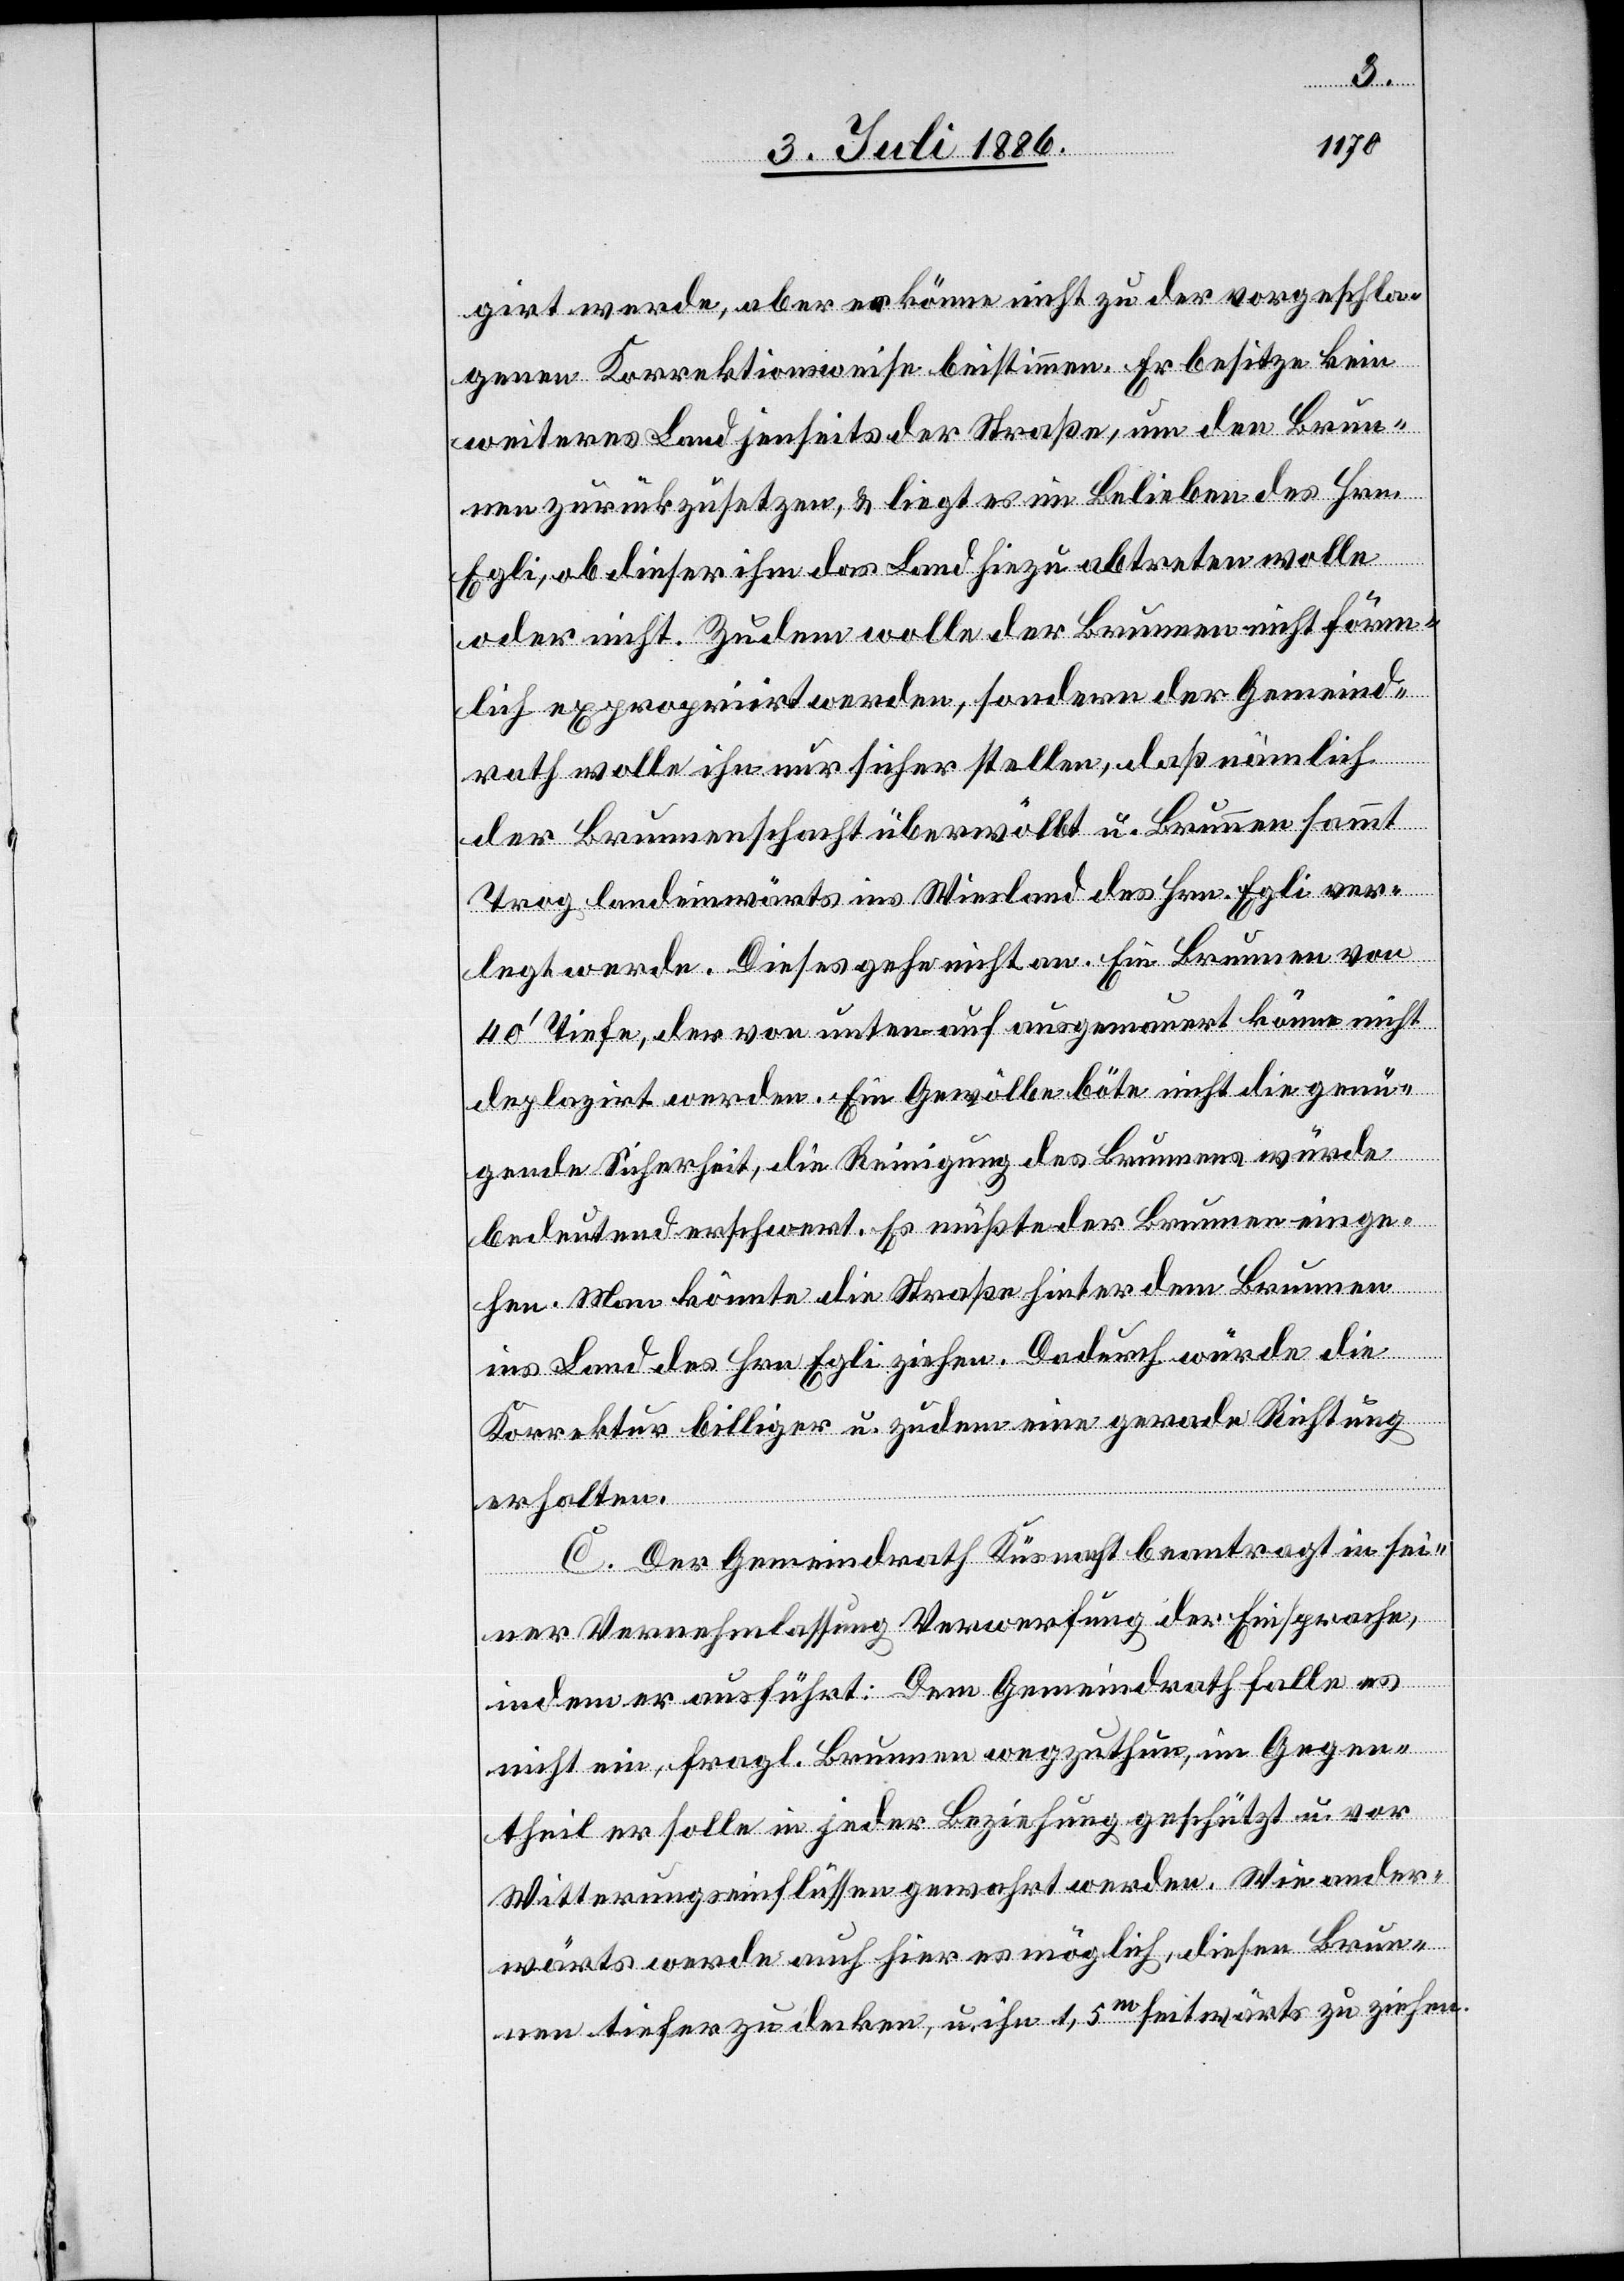
girt werde, aber er könne nicht zu der vorgeschla¬
genen Korrektionsweise beistimmen. Er besitze kein
weiteres Land jenseits der Straße, um den Brun¬
nen zurückzusetzen, & liegt es im Belieben des Hrn.
Egli, ob dieser ihm das Land hiezu abtreten wolle
oder nicht. Zudem wolle der Brunnen nicht förm¬
lich expropriirt werden, sondern der Gemeind¬
rath wolle ihn [sic!] nur sicher stellen, daß nämlich
der Brunnenschacht überwölbt u. Brunnen sammt
Trog landeinwärts ins Wiesland des Hrn. Egli ver¬
legt werde. Dieses gehe nicht an. Ein Brunnen von
40‘ Tiefe, der von unten auf ausgemauert[,] könne nicht
deplazirt werden. Ein Gewölbe böte nicht die genü¬
gende Sicherheit, die Reinigung des Brunnens würde
bedeutend erschwert. Es müßte der Brunnen einge¬
hen. Man könnte die Straße hinter dem Brunnen
ins Land des Hrn. Egli ziehen. Dadurch würde die
Korrektur billiger u. zudem eine gerade Richtung
erhalten.
C. Der Gemeindrath Küsnacht beantragt in sei¬
ner Vernehmlassung Verwerfung der Einsprache,
indem er ausführt: Dem Gemeindrath falle es
nicht ein, fragl. Brunnen wegzuthun, im Gegen¬
theil er solle in jeder Beziehung geschützt u. vor
Witterungseinflüssen gewahrt werden. Wie ander¬
wärts werde auch hier es möglich, diesen Brun¬
nen tiefer zu decken, u. ihn 1,5m seitwärts zu ziehen